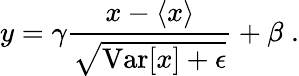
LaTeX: y=\gamma\frac{x-\langle x\rangle}{\sqrt{\mathrm{Var}[x]+\epsilon}}+\beta\; .